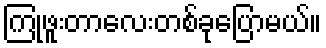
ကြုံဖူးတာလေးတစ်ခုပြောမယ်။